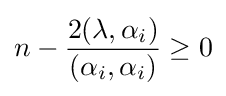
n-{\frac {2(\lambda ,\alpha _{i})}{(\alpha _{i},\alpha _{i})}}\geq 0